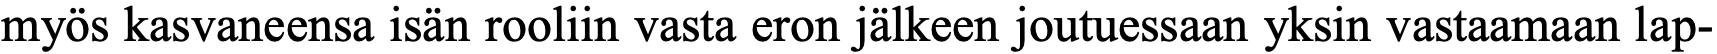
myös kasvaneensa isän rooliin vasta eron jälkeen joutuessaan yksin vastaamaan lap-